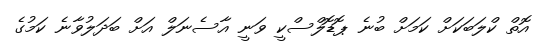
އޮތް ކްލަބަކަށް ކަމަށް ބުނެ ޕޮޑޮލްސްކީ ވަނީ އާސެނަލް އަށް ބަދަލުވާނެ ކަމުގެ